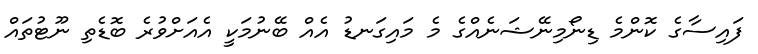
ފައިސާގެ ކޮންމެ ޑިނޯމިނޭޝަނެއްގެ މެ މައިގަނޑު އެއް ބޭނުމަކީ އެއަށްވުރެ ބޮޑެތި ނޫޓުތައް